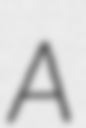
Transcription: A